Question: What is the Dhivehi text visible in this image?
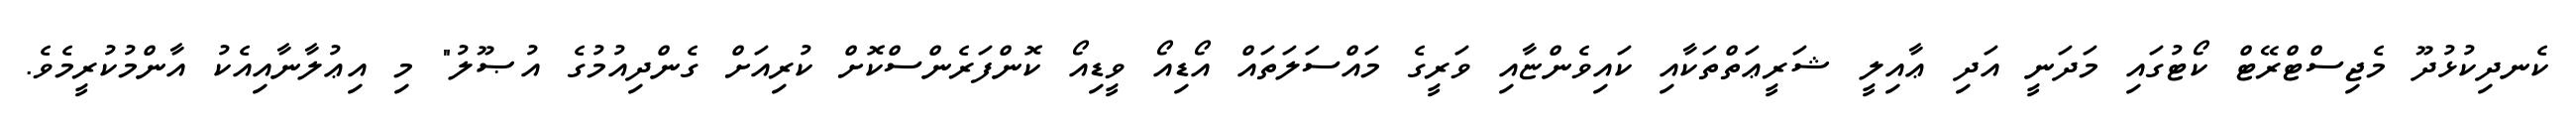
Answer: ކެނދިކުޅުދޫ މެޖިސްޓްރޭޓް ކޯޓުގައި މަދަނީ އަދި ޢާއިލީ ޝަރީޢަތްތަކާއި ކައިވެންޏާއި ވަރީގެ މައްސަލަތައް އޯޑިއޯ ވީޑިއޯ ކޮންފަރެންސްކޮށް ކުރިއަށް ގެންދިއުމުގެ އުޞޫލު" މި އިޢުލާނާއިއެކު އާންމުކުރީމެވެ.